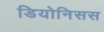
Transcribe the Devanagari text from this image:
डियोनिसस